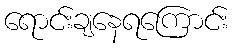
ရောင်းချနေရကြောင်း